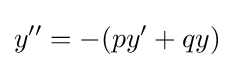
y''=-(py'+qy)